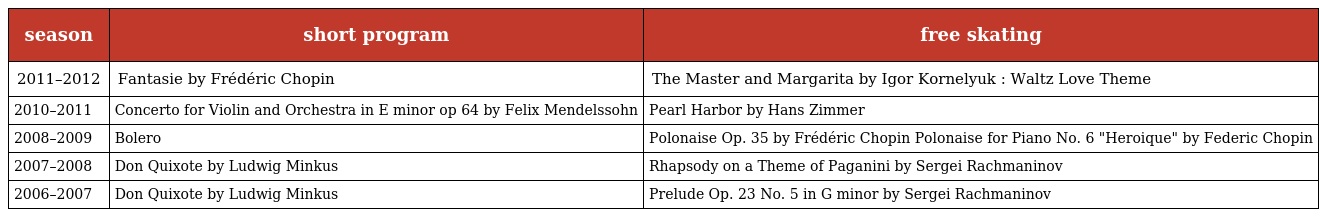
| season | short program | free skating |
 | --- | --- | --- |
 | 2011–2012 | Fantasie by Frédéric Chopin | The Master and Margarita by Igor Kornelyuk : Waltz Love Theme |
 | 2010–2011 | Concerto for Violin and Orchestra in E minor op 64 by Felix Mendelssohn | Pearl Harbor by Hans Zimmer |
 | 2008–2009 | Bolero | Polonaise Op. 35 by Frédéric Chopin Polonaise for Piano No. 6 "Heroique" by Federic Chopin |
 | 2007–2008 | Don Quixote by Ludwig Minkus | Rhapsody on a Theme of Paganini by Sergei Rachmaninov |
 | 2006–2007 | Don Quixote by Ludwig Minkus | Prelude Op. 23 No. 5 in G minor by Sergei Rachmaninov |